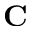
\mathbf { C }